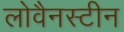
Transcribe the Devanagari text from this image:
लोवैनस्टीन